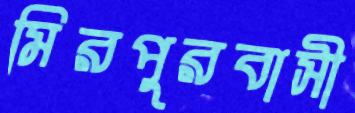
মিরপুরবাসী